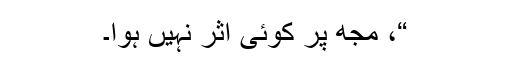
“، مجھ پر کوئی اثر نہیں ہوا۔